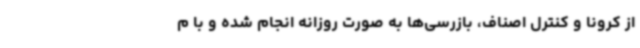
از کرونا و کنترل اصناف، بازرسی‌ها به صورت روزانه انجام شده و با م